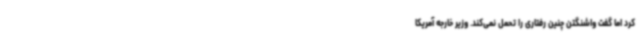
کرد اما گفت واشنگتن چنین رفتاری را تحمل نمی‌کند. وزیر خارجه آمریکا